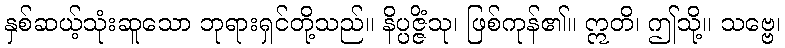
နှစ်ဆယ့်သုံးဆူသော ဘုရားရှင်တို့သည်။ နိပ္ပဇ္ဇိံသု၊ ဖြစ်ကုန်၏။ ဣတိ၊ ဤသို့။ သဗ္ဗေ၊